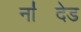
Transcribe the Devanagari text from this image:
ना॑देड